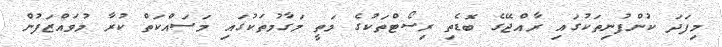
މިފަދަ ކުންފުނިތަކުގައި ރާއްޖޭގެ ބޮޑެތި ރިސޯޓްތަކުގެ މަތީ މަގާމުތަކުގައި މަސައްކަތް ކުރާ މުވައްޒަފުން